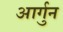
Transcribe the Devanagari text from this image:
आर्गुन